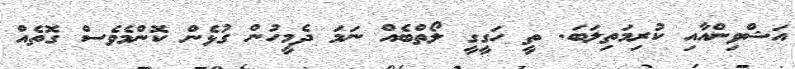
އަޝްވިންއާއި ކުރިމަތިލަބަ. ތީ ހަގީގީ ލޯތްބެއް ނަމަ ދެމީހުން ގުޅެން ކޮންމެވެސް ގޮތެއް